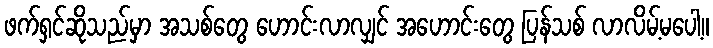
ဖက်ရှင်ဆိုသည်မှာ အသစ်တွေ ဟောင်းလာလျှင် အဟောင်းတွေ ပြန်သစ် လာလိမ့်မပေါ့။